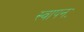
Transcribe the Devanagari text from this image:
स्वापनः